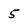
Character: 5